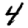
Digit: 4